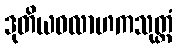
ဒုတိယဝလာဟကသုတ္တံ